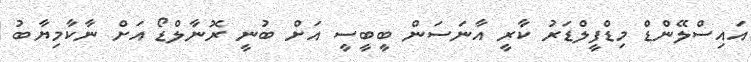
އައިސްލޭންޑް މިޑްފީލްޑަރު ކާރީ އާނަސަން ބީބީސީ އަށް ބުނީ ރޮނާލްޑޯ އަށް ނާކާމިޔާބު